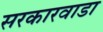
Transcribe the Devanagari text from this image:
सरकारवाडा